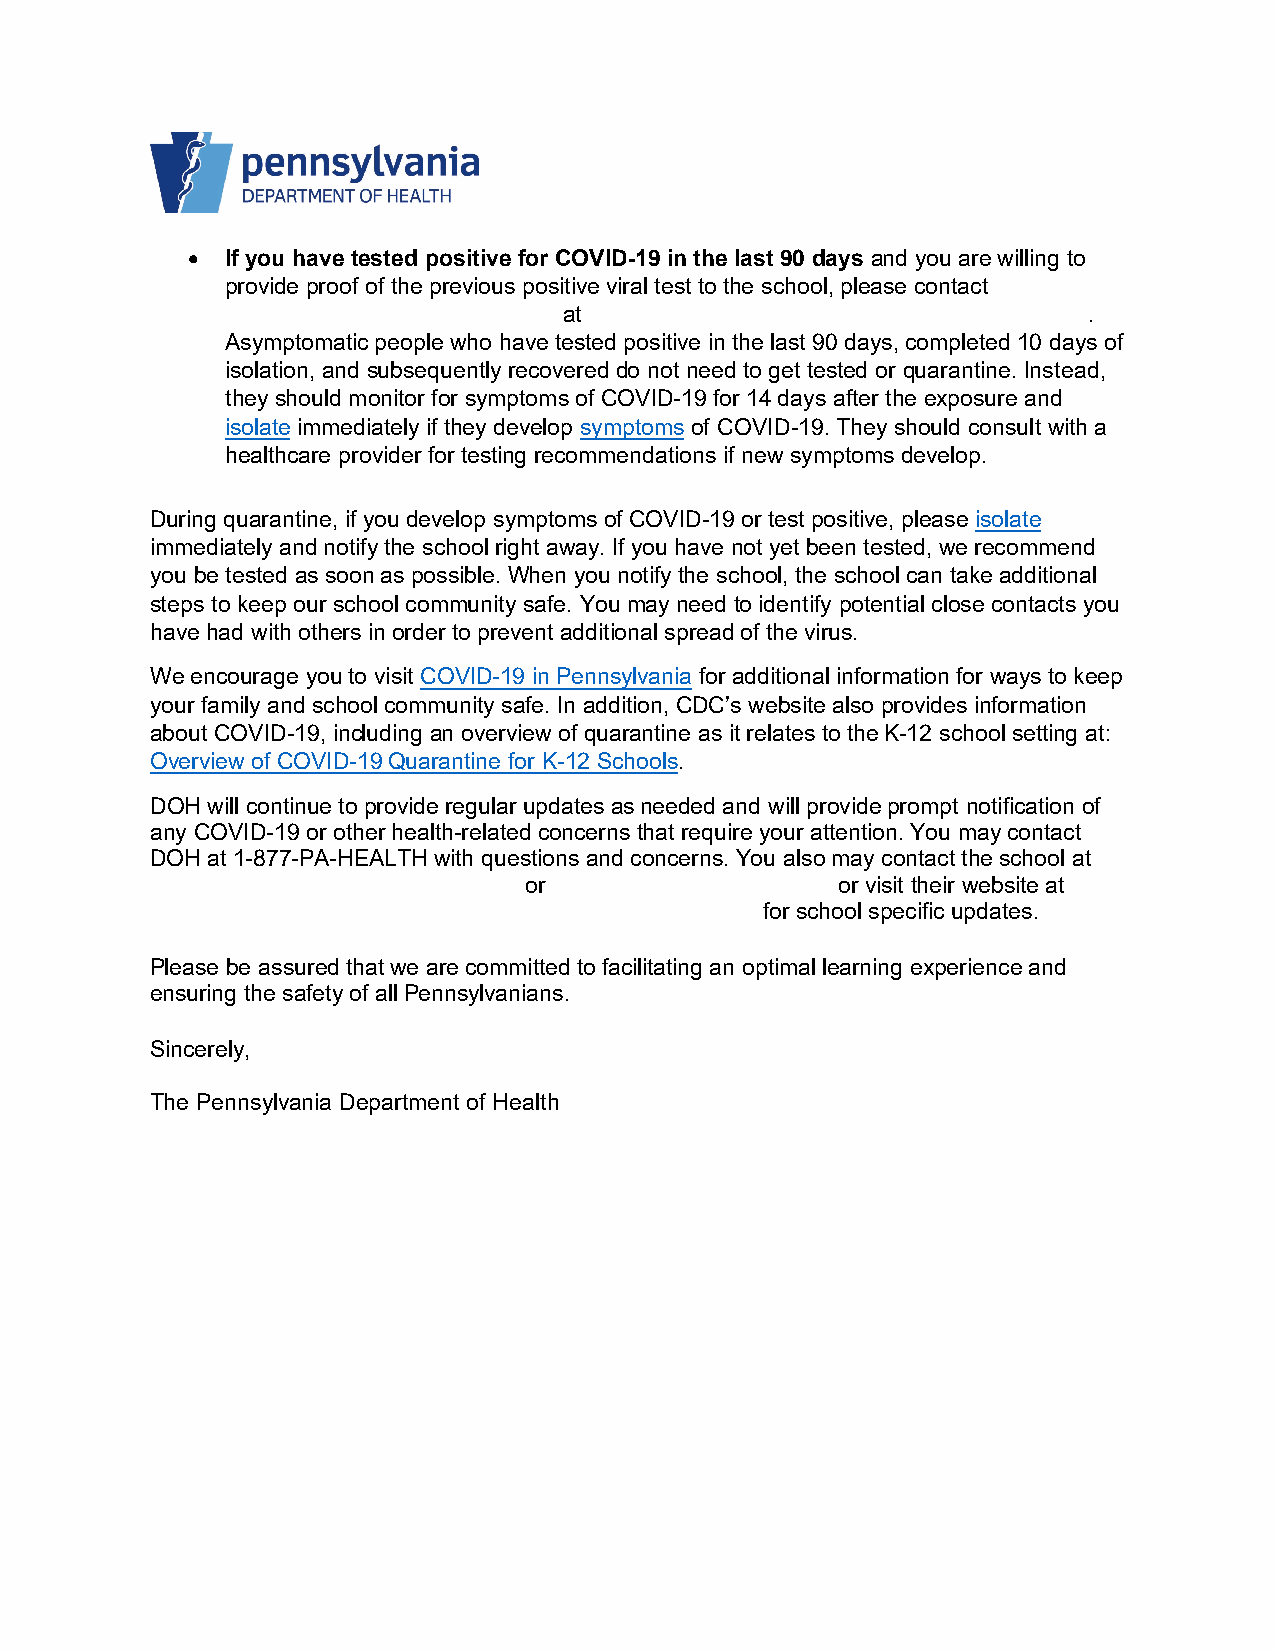
•  If you have tested positive for COVID-19 in the last 90 days and you are willing to
 provide proof of the previous positive viral test to the school, please contact
 at                                 .
 Asymptomatic people who have tested positive in the last 90 days, completed 10 days of
 isolation, and subsequently recovered do not need to get tested or quarantine. Instead,
 they should monitor for symptoms of COVID-19 for 14 days after the exposure and
 isolate immediately if they develop symptoms of COVID-19. They should consult with a
 healthcare provider for testing recommendations if new symptoms develop.
 During quarantine, if you develop symptoms of COVID-19 or test positive, please isolate
 immediately and notify the school right away. If you have not yet been tested, we recommend
 you be tested as soon as possible. When you notify the school, the school can take additional
 steps to keep our school community safe. You may need to identify potential close contacts you
 have had with others in order to prevent additional spread of the virus.
 We encourage you to visit COVID-19 in Pennsylvania for additional information for ways to keep
 your family and school community safe. In addition, CDC’s website also provides information
 about COVID-19, including an overview of quarantine as it relates to the K-12 school setting at:
 Overview of COVID-19 Quarantine for K-12 Schools.
 DOH will continue to provide regular updates as needed and will provide prompt notification of
 any COVID-19 or other health-related concerns that require your attention. You may contact
 DOH at 1-877-PA-HEALTH with questions and concerns. You also may contact the school at
 ~                        or                  or visit their website at
 for school specific updates.
 Please be assured that we are committed to facilitating an optimal learning experience and
 ensuring the safety of all Pennsylvanians.
 Sincerely,
 The Pennsylvania Department of Health